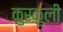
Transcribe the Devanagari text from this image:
कुरकुली